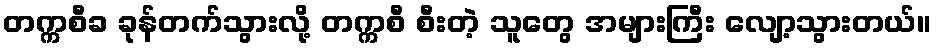
တက္ကစီခ ခုန်တက်သွားလို့ တက္ကစီ စီးတဲ့ သူတွေ အများကြီး လျော့သွားတယ်။